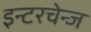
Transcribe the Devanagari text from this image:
इन्टरचेन्ज